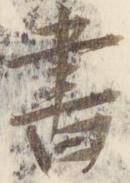
書